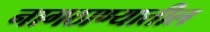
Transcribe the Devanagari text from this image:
नागठाण्यातील